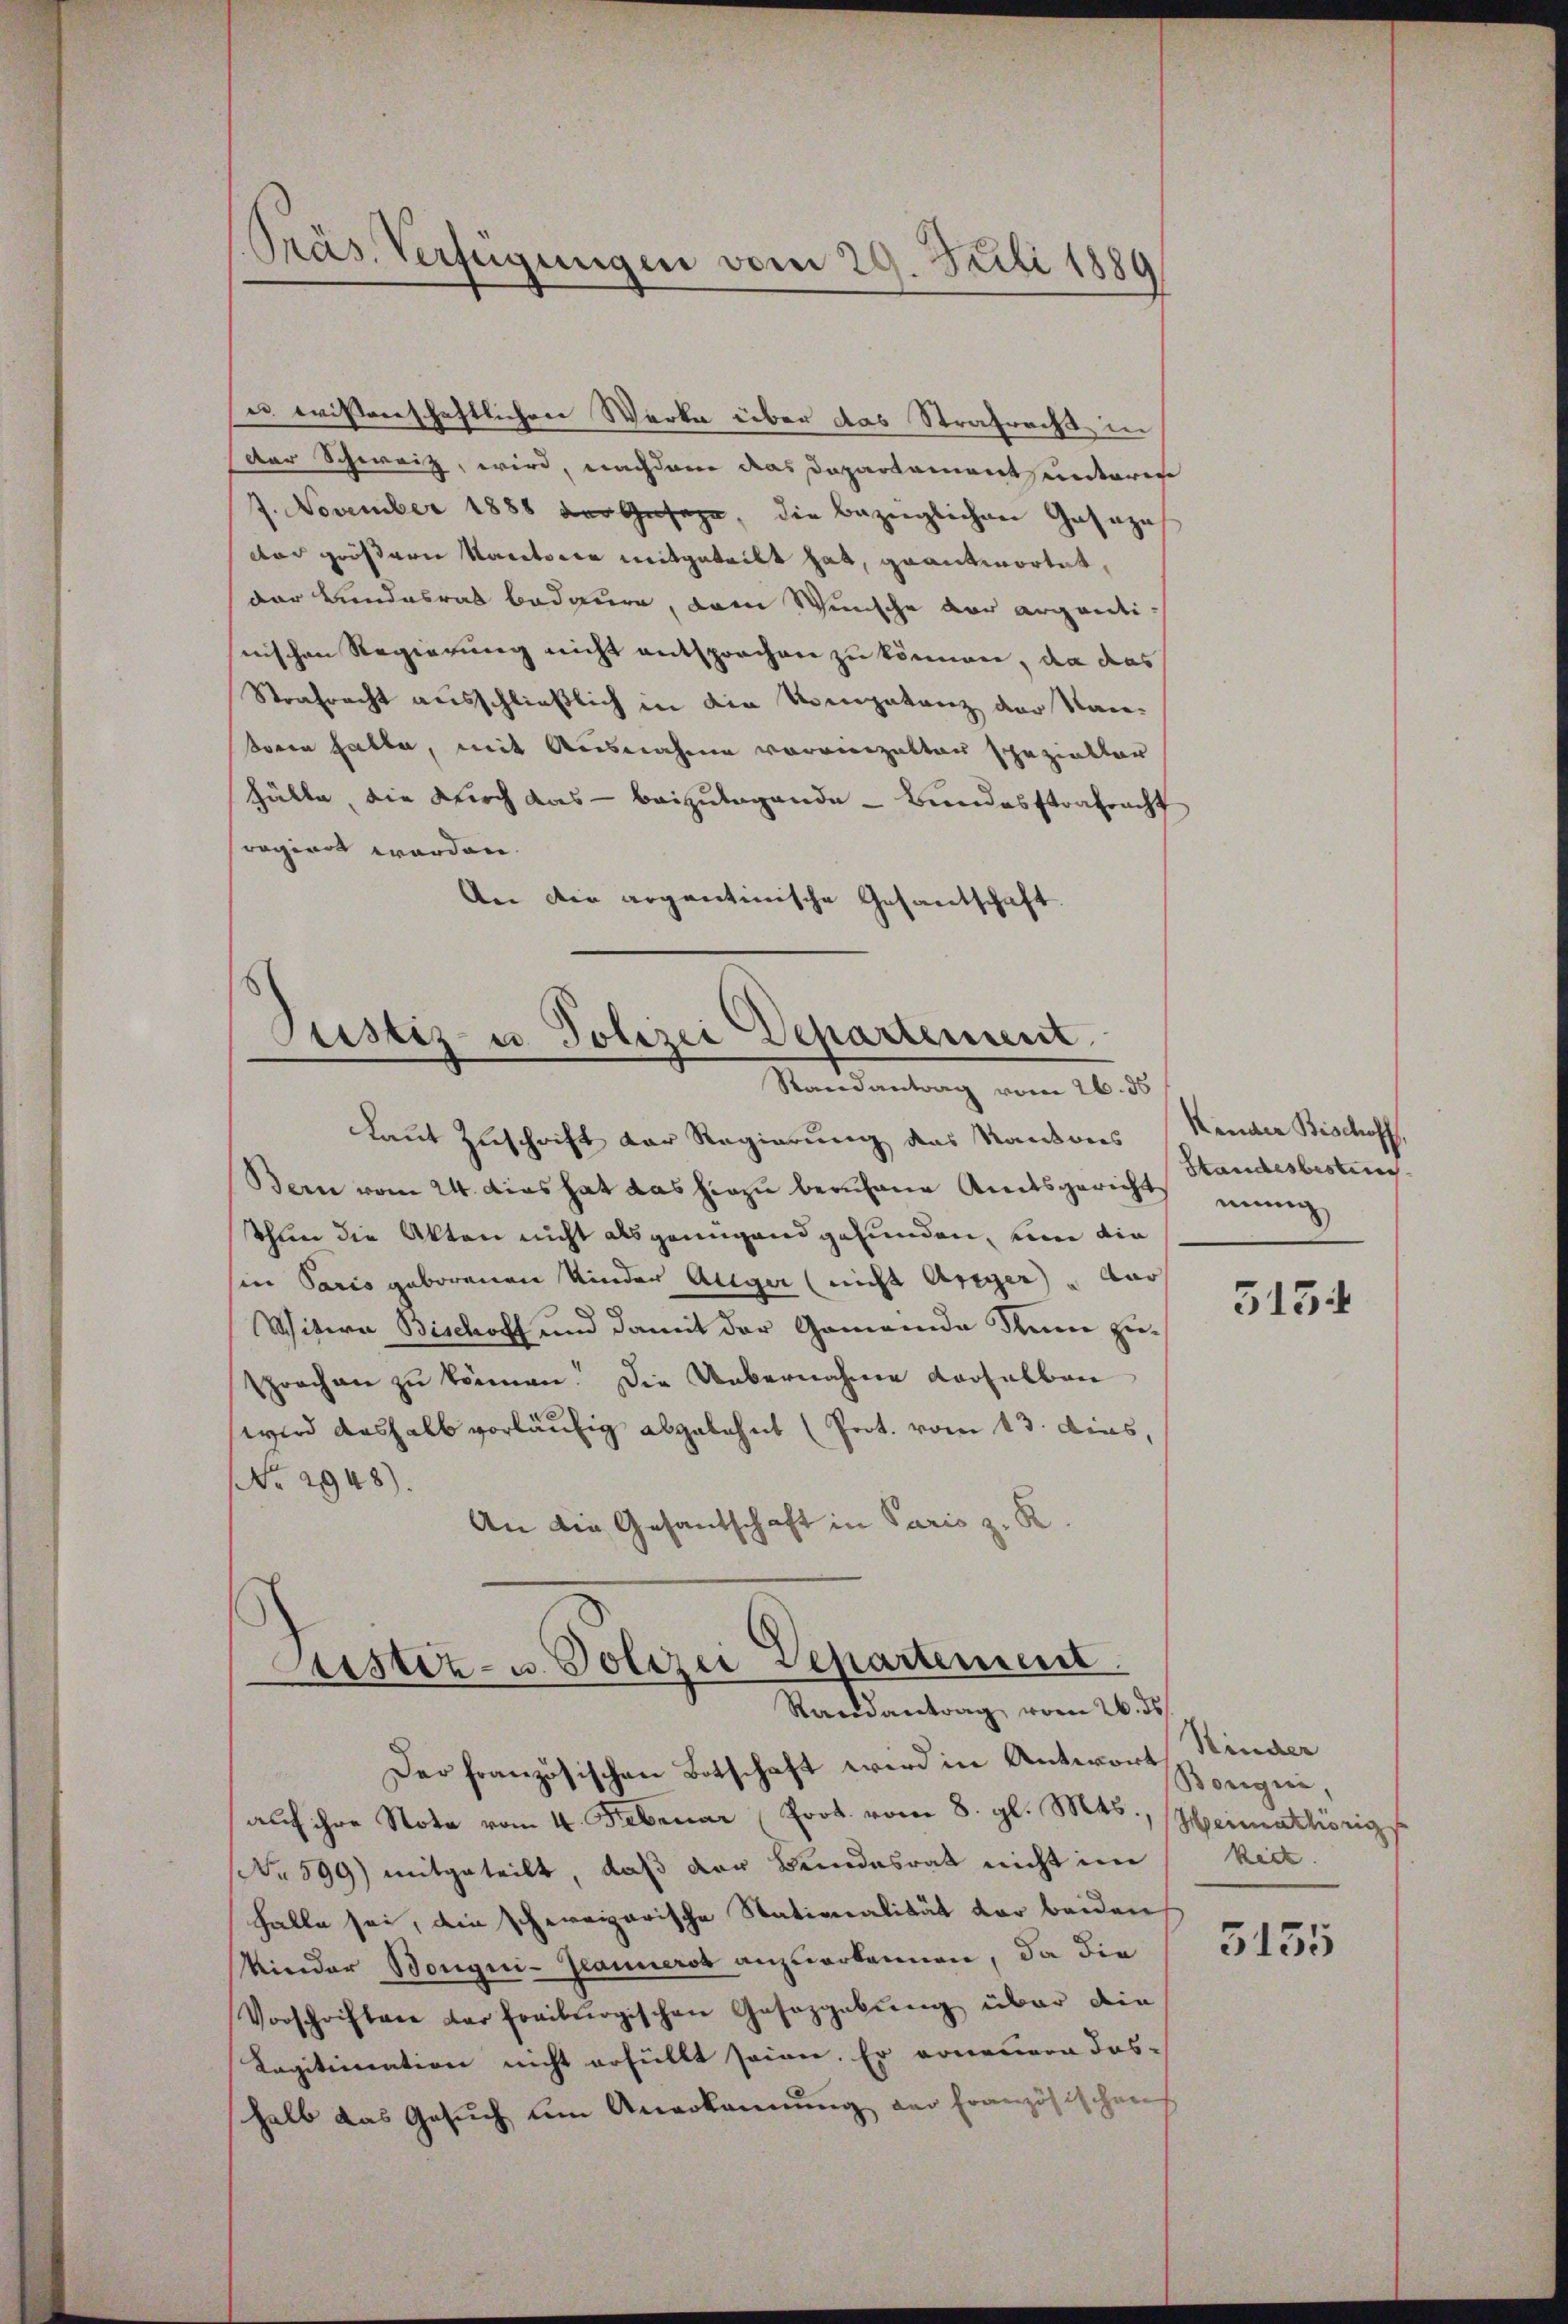
Pras. Verfügungen vom 29. Juli 1889

u wissenschaftlichen Werke über das Strafrecht in
der Schweiz, wird, nachdem das Daparkament unteres
7. November 1888 der Gesage, die bezüglichen Gesage
dar größern Kantonie mitgeteilt hat, geantwortet,
der Bundesrat bedauen, dem Wunsche der arganti-
snischen Regierung nicht entsprochen zu können, da das
Strafracht ausschließlich in die Kompetenz der Stansoren hatte, mit Ausnahme voranizalten spezialtar
hälle, die Kirch das - beizulagende - Bundesstrafracht
sregiert worden.
An die argentinische Gesandschaft

Justiz- u. Polizei Departement.
Randantrag vom 26. ds

laut Zuschrift der Regierung das Kantons Kinder Bischoff
Bern vom 24. dies hat das hiezu berufene Amtsgericht innig
thun die Akten nicht als genügend gefunden, um die
sin Paris geborenen Kinder Auger (nicht Ariger dar
Witwe Bischoff und damit der Gemeinde Sume zusprochen zu können. Die Uebernahme derselben
wird deshalb vorläufig abgelehnt (Prot. vom 13. dies,
NNo. 2948).
An die Gesandschaft in Paris z. R.

Astiz- u. Polizei Departement
Randantrag vom 26. ds

Der französischen Botschaft wird in Antwort Kinder
auf ihre Note vom 4. Februar (Prot. vom 8. gl. Mts., Heimathörigs
No 599) mitgeteilt, daß der Bundesrat nicht im
halle sei, die schweizerische Stationalität vor beiden
Kinder Bongui- Jeannerst anzuerkennen, da die
Vorschriften der freiburgischen Gesezgabŭng über die
Kagitimation nicht erfüllt seine. Er ernennern das-
halb das Gesuch um Anerkannung der französischens

Standesbestiren.

5154

Boriqui,
keit.

5155